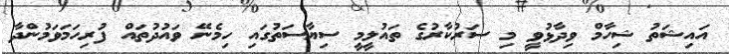
އައިޝަތު ޝިހާމް ވިދާޅުވީ މި ސަރުކާރުގެ ތައުލީމީ ސިޔާސަތުގައި ހިމެނޭ ވައުދުތައް ފުރިހަމަވަމުންދާ